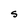
Character: s